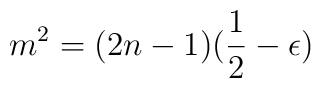
m^2 = (2n-1)(\frac{1}{2}-\epsilon)